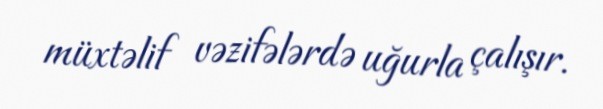
müxtəlif vəzifələrdə uğurla çalışır.